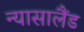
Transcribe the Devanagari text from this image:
न्यासालैंड